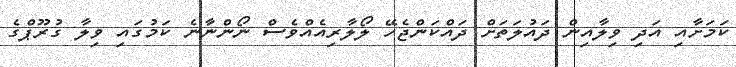
ކަމަށާއި އަދި ވިލާއިން ދައުލަތަށް ދައްކަންޖެހޭ ލޯލާރިއެއްވެސް ނޯންނާނެ ކަމުގައި ވިލާ ގުރޫޕްގެ